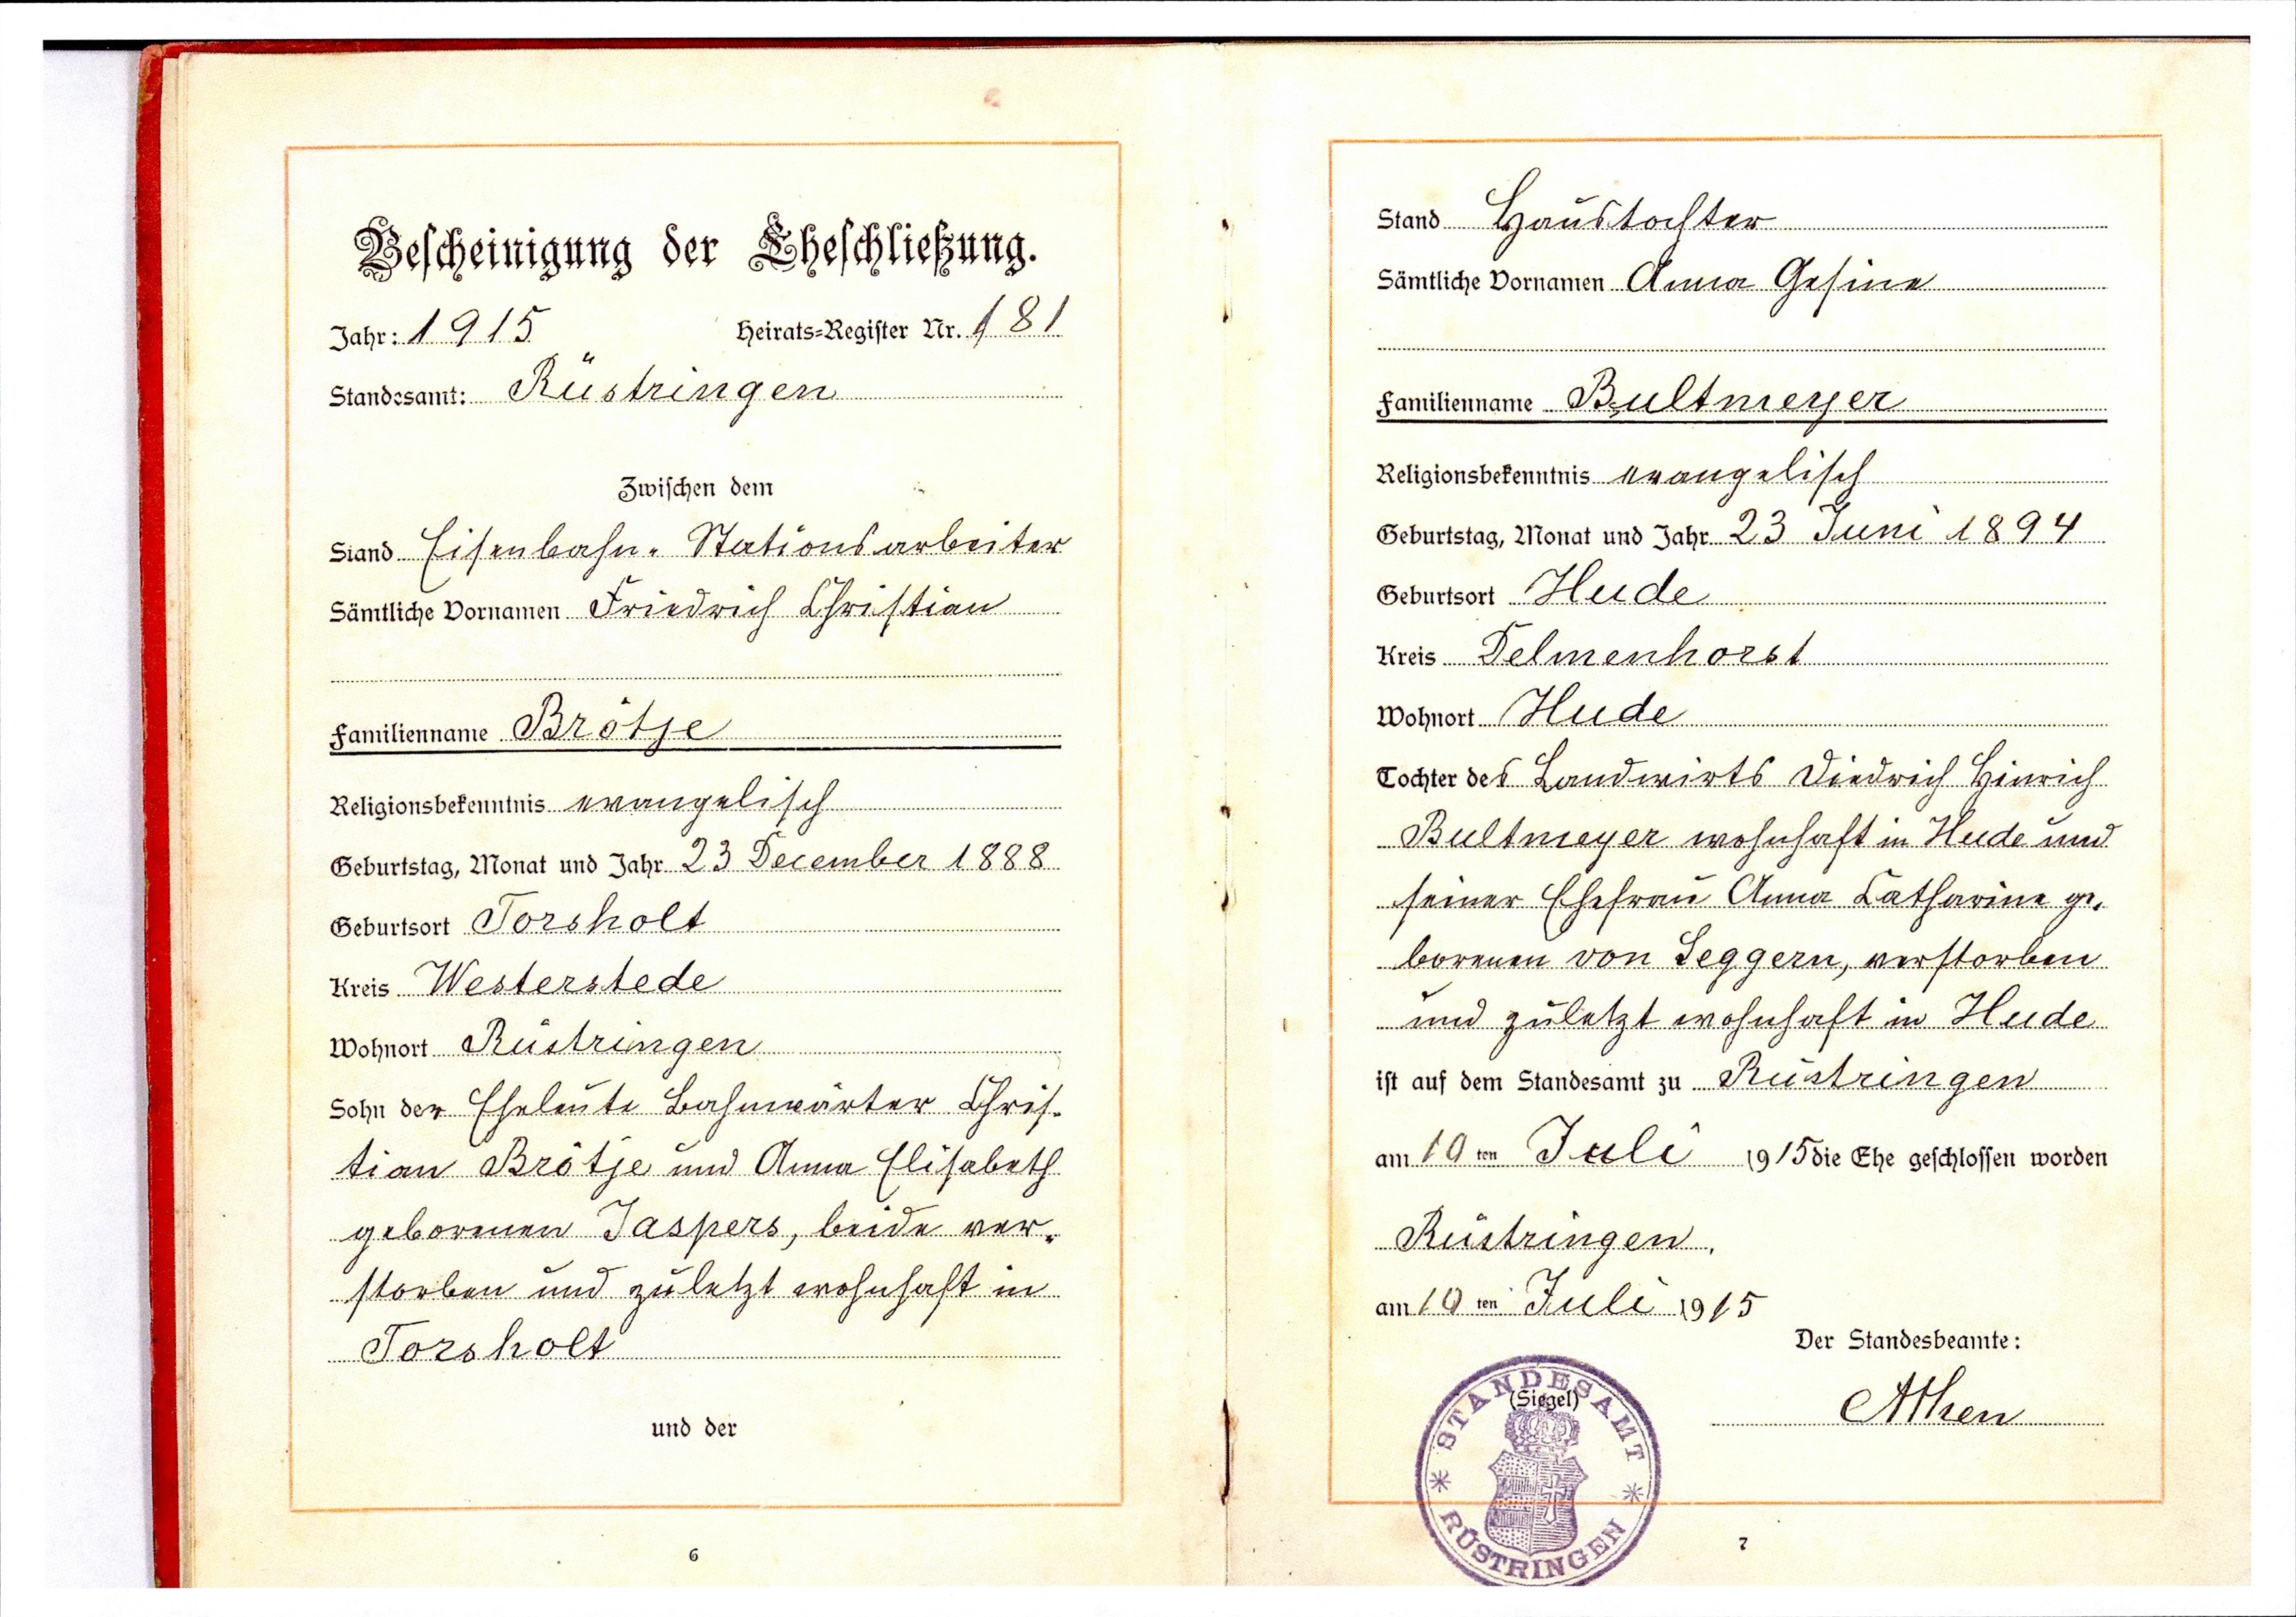
Haustochter
Anna Gesine
Bultmeyer
evangelisch
23 Juni 1894
Hude
Delmenhorst
Hude
Tochter des Landwirts Diedrich Hinrich
Bultmeyer wohnhaft in Hude und
seiner Ehefrau Anna Catharina ge¬
borenen von Leggern, verstorben
und zuletzt wohnhaft in Hude
Rüstringen
19 ten Juli 1915
Rüstringen,
19 ten Juli 1915
Atken

1915
181
Rüstringen
Eisenbahn-Stationsarbeiter
Friedrich Christian
Brötje
evangelisch
23 December 1888
Torsholt
Westerstede
Rüstringen
Eheleute Bahnwärter Chris¬
tian Brötje und Anna Elisabeth
geborenen Jaspers, beide ver-
storben und zuletzt wohnhaft in
Torsholt